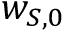
w _ { S , 0 }